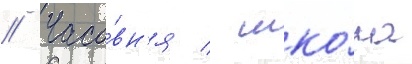
// Часо́вн'я / шко́ла